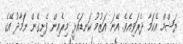
ޔަޝްމް އެކަމާ ދެރަވިއެވެ. އޭނަ އަޒުމު ކަނޑައެޅީ މިރެއިން ފެށިގެން ނަމާދު އޭގެ